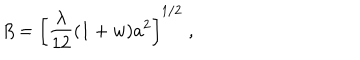
\beta = \left\lbrack \frac { \lambda } { 1 2 } ( 1 + w ) a ^ { 2 } \right\rbrack ^ { 1 / 2 } \; ,